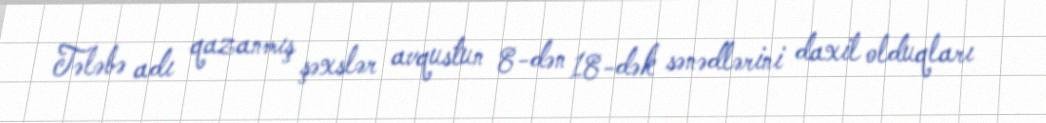
Tələbə adı qazanmış şəxslər avqustun 8-dən 18-dək sənədlərini daxil olduqları